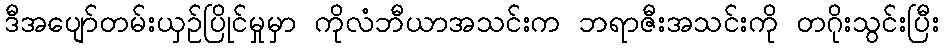
ဒီအပျော်တမ်းယှဉ်ပြိုင်မှုမှာ ကိုလံဘီယာအသင်းက ဘရာဇီးအသင်းကို တဂိုးသွင်းပြီး